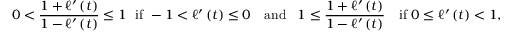
0 < \frac { 1 + \ell ^ { \prime } \left( t \right) } { 1 - \ell ^ { \prime } \left( t \right) } \leq 1 \mathrm { ~ \ i f ~ } - 1 < \ell ^ { \prime } \left( t \right) \leq 0 \ \ \ \mathrm { a n d ~ \, ~ } 1 \leq \frac { 1 + \ell ^ { \prime } \left( t \right) } { 1 - \ell ^ { \prime } \left( t \right) } \ \mathrm { ~ \ i f ~ } 0 \leq \ell ^ { \prime } \left( t \right) < 1 ,